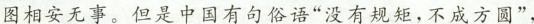
图相安无事。但是中国有句俗语”没有规矩，不成方圆”，